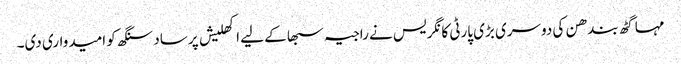
مہا گٹھ بندھن کی دوسری بڑی پارٹی کانگریس نے راجیہ سبھا کے لیے اکھلیش پرساد سنگھ کو امیدواری دی۔